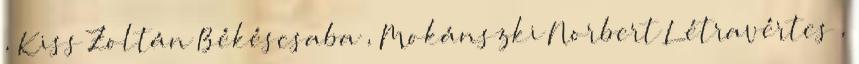
, Kiss Zoltán Békéscsaba , Mokánszki Norbert Létravértes ,